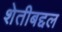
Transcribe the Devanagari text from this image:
शेतीबद्दल